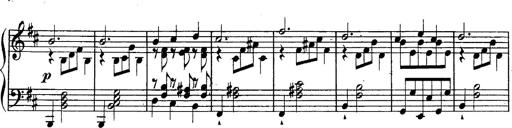
Title: Schubert's Impromptus [revised and edited by Franz Liszt]
Composer: Franz Liszt